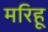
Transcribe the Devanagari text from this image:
मरिहू